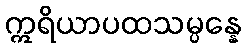
ဣရိယာပထသမ္ပန္နေ